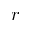
r